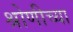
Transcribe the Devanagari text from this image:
श्रोणीच्या